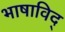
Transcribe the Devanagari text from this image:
भाषाविद्‍